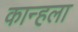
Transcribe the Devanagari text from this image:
कान्हला